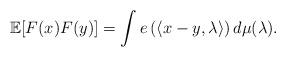
LaTeX: \begin{align*}\mathbb{E}[F(x)F(y)]= \int e\left(\langle x-y, \lambda \rangle\right)d\mu(\lambda). \end{align*}